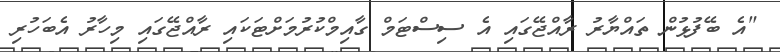
"އެ ބޭފުޅުން ތައްޔާރު ރާއްޖޭގައި އެ ސިސްޓަމް ގާއިމްކުރުމަށްޓަކައި ރާއްޖޭގައި މިހާރު އެބަހުރި